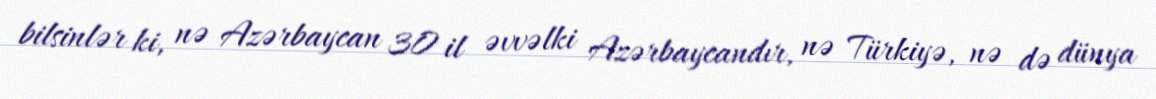
bilsinlər ki, nə Azərbaycan 30 il əvvəlki Azərbaycandır, nə Türkiyə, nə də dünya